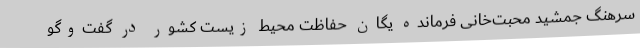
سرهنگ جمشید محبت‌خانی فرمانده یگان حفاظت محیط زیست کشور در گفت‌وگو